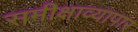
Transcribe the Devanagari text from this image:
समीक्षाव्यापार